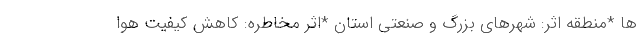
ها *منطقه اثر: شهرهای بزرگ و صنعتی استان *اثر مخاطره: کاهش کیفیت هوا